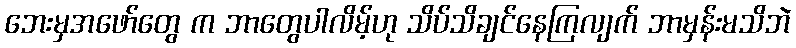
ဘေးမှအဖော်တွေ က ဘာတွေပါလိမ့်ဟု သိပ်သိချင်နေကြလျက် ဘာမှန်းမသိဘဲ